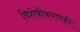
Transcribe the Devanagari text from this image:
विशेषीकरणही